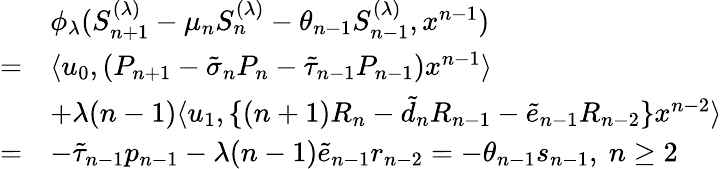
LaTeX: \begin{array}{rl}&{\phi_{\lambda}(S_{n+1}^{(\lambda)}-\mu_{n}S_{n}^{(\lambda)}-\theta_{n-1}S_{n-1}^{(\lambda)},x^{n-1})}\\ {=}&{\langle u_{0},(P_{n+1}-\tilde{\sigma}_{n}P_{n}-\tilde{\tau}_{n-1}P_{n-1})x^{n-1}\rangle}\\ &{+\lambda(n-1)\langle u_{1},\{ (n+1)R_{n}-\tilde{d}_{n}R_{n-1}-\tilde{e}_{n-1}R_{n-2}\} x^{n-2}\rangle}\\ {=}&{-\tilde{\tau}_{n-1}p_{n-1}-\lambda(n-1)\tilde{e}_{n-1}r_{n-2}=-\theta_{n-1}s_{n-1},~n\geq 2}\end{array}